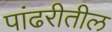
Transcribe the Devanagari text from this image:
पांढरीतील